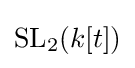
\mathrm {SL} _{2}(k[t])